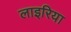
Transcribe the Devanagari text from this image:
लाइरिया